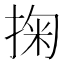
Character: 掬